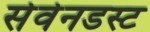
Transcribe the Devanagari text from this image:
सेवेनडस्ट